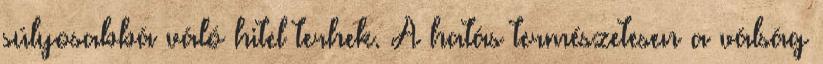
súlyosabbá váló hitel terhek. A hatás természetesen a válság